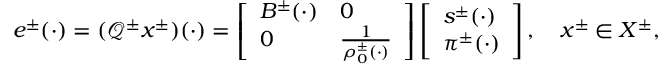
e ^ { \pm } ( \cdot ) = ( \mathcal { Q } ^ { \pm } x ^ { \pm } ) ( \cdot ) = \left[ \begin{array} { l l } { B ^ { \pm } ( \cdot ) } & { 0 } \\ { 0 } & { \frac { 1 } { \rho _ { 0 } ^ { \pm } ( \cdot ) } } \end{array} \right] \left[ \begin{array} { l } { s ^ { \pm } ( \cdot ) } \\ { \pi ^ { \pm } ( \cdot ) } \end{array} \right] , \quad x ^ { \pm } \in X ^ { \pm } ,